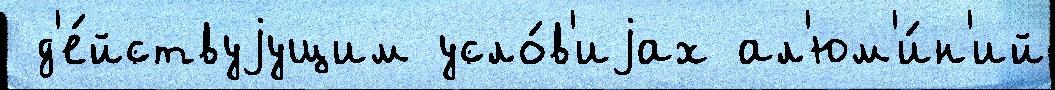
 д'е́йствуjущим усло́в'иjах ал'юм'и́н'ий